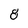
Character: 8